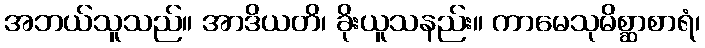
အဘယ်သူသည်။ အာဒိယတိ၊ ခိုးယူသနည်း။ ကာမေသုမိစ္ဆာစာရံ၊